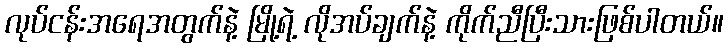
လုပ်ငန်းအရေအတွက်နဲ့ မြို့ရဲ့ လိုအပ်ချက်နဲ့ ကိုက်ညီပြီးသားဖြစ်ပါတယ်။